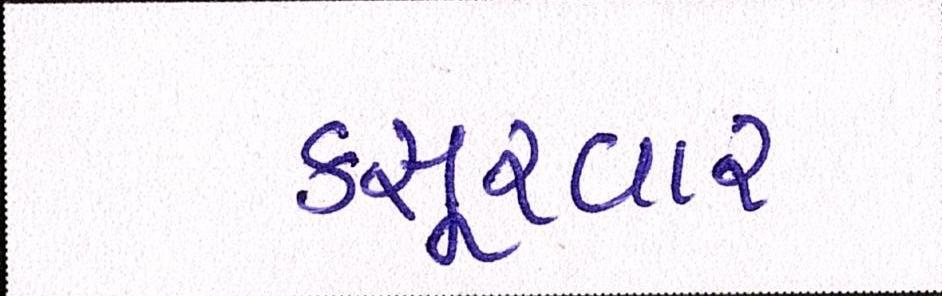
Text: કસૂરવાર